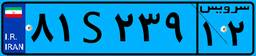
۱۲S۸۲۳۸۰